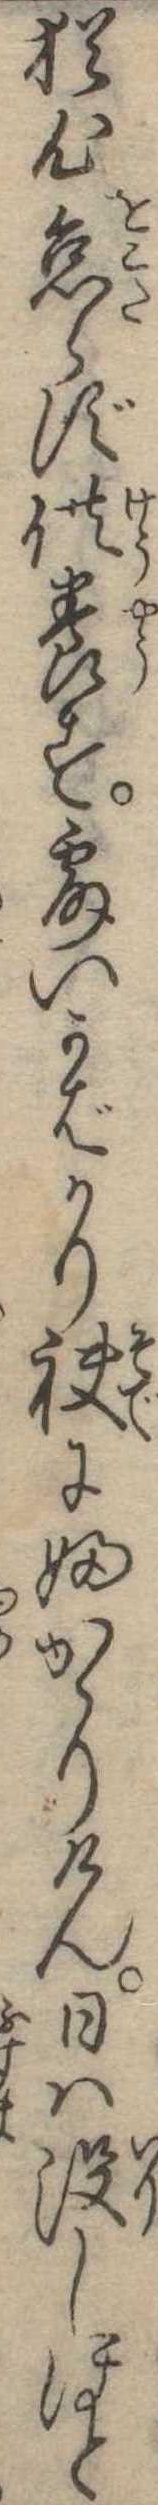
猶心怠らず供養す露いかばかり袂にふかゝりけん日は没しほと